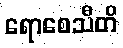
ရောစေသီတိ